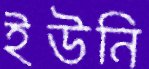
ইউনি